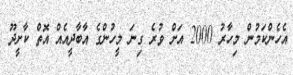
އެހެންކަމުން މިހާރު 2000 އަށް ވުރެ ގިނަ މީހުންގެ އާބާދީއެއް އޮތް ކާށީދޫ